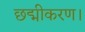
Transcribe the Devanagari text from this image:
छद्मीकरण।